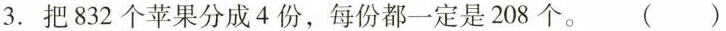
3. 把832个苹果分成4份，每份都一定是208个。 ( )